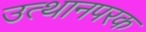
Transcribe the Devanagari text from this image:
उत्थानपरक